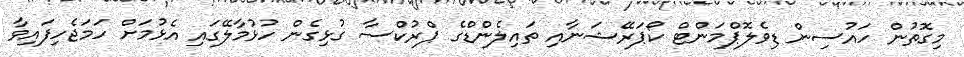
މިގޮތުން ހައުސިން ޑިވެލޮޕްމަންޓް ކޯޕަރޭޝަނާއި ތައިލެންޑްގެ ޕްރުކްސާ ގުޅިގެން ހުޅުމާލޭގައި އެޅުމަށް ހަމަޖެހިފައިވާ